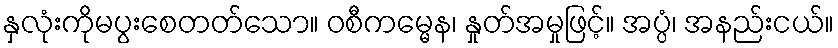
နှလုံးကိုမပွးစေတတ်သော။ ဝစီကမ္မေန၊ နှုတ်အမှုဖြင့်။ အပ္ပံ၊ အနည်းငယ်။